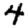
Digit: 4